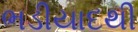
ભડીયાદથી